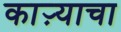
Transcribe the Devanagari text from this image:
काऱ्याचा